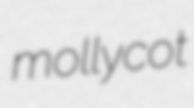
mollycot